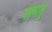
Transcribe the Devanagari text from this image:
नामनुं